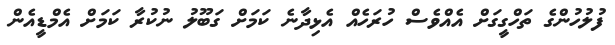
ފުލުހުންގެ ތަހްގީގަށް އެއްވެސް ހުރަހެއް އެޅިދާނެ ކަމަށް ގަބޫލު ނުކުރާ ކަމަށް އެމްޑީއެން